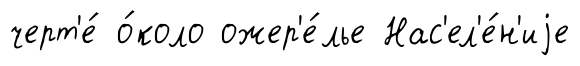
черт'е́ о́коло ожер'е́лье Нас'ел'е́н'иjе